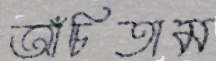
আঁচিতাম